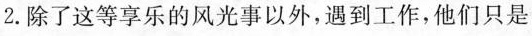
2.除了这等享乐的风光事以外，遇到工作，他们只是